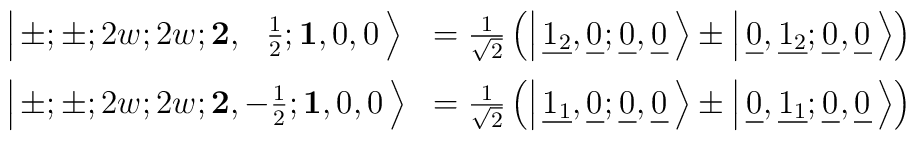
\begin{array}{ll}\left|\ \!\pm;\pm;2w;2w;{\mathbf 2},\ \ {1\over2};                      {\mathbf 1},0,0\ \!\right\rangle &= {1\over\sqrt{2}} \left( \left|\ \!\underline{1_2},\underline{0_{}};      \underline{0_{}},\underline{0_{}}\ \!\right\rangle  \pm \left|\ \!\underline{0_{}},\underline{1_2};      \underline{0_{}},\underline{0_{}}\ \!\right\rangle \right) \\[3mm]\left|\ \!\pm;\pm;2w;2w;{\mathbf 2},-{1\over2};                      {\mathbf 1},0,0\ \!\right\rangle &= {1\over\sqrt{2}} \left( \left|\ \!\underline{1_1},\underline{0_{}};      \underline{0_{}},\underline{0_{}}\ \!\right\rangle  \pm \left|\ \!\underline{0_{}},\underline{1_1};      \underline{0_{}},\underline{0_{}}\ \!\right\rangle \right) \end{array}\hskip1.0cm